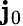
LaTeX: \mathbf{j}_{0}